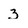
Character: 3